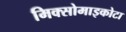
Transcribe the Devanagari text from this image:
मिक्सोमाइकोटा